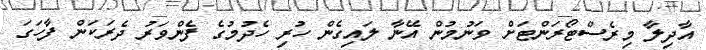
އާދިލާ މިރެސްޓޯރަންޓަށް ވަނުމުން އޭނާ ލައިގެން ހުރި ހެދުމުގެ ފެންވަރު ދެރަކަން ފާހަގަ